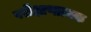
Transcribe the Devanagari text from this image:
परीक्षाणात्मक